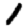
Digit: 1